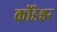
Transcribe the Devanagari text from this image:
कोंडेश्वर